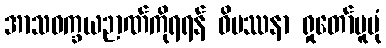
အာသဝက္ခယဉာဏ်ကိုရရန် ဝိပဿနာ ရှုတော်မူပုံ